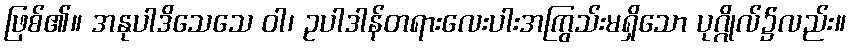
ဖြစ်၏။ အနုပါဒိသေသေ ဝါ၊ ဥပါဒါန်တရားလေးပါးအကြွသ်းမရှိသော ပုဂ္ဂိုလ်၌လည်း။